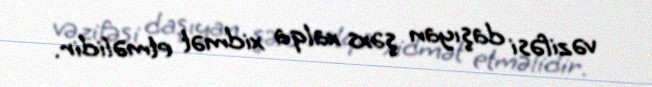
vəzifəsi daşıyan şəxs xalqa xidmət etməlidir.